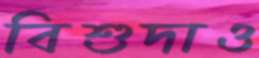
বিশুদাও